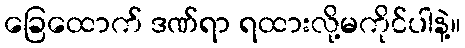
ခြေထောက် ဒဏ်ရာ ရထားလို့မကိုင်ပါနဲ့။